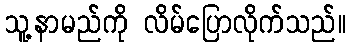
သူ့နာမည်ကို လိမ်ပြောလိုက်သည်။